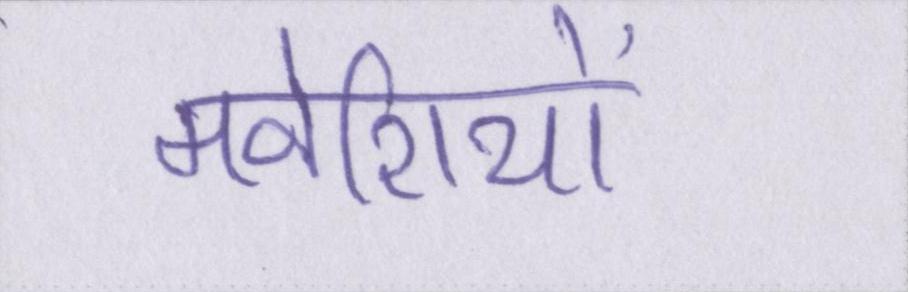
मवेशियों